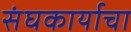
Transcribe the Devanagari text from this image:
संघकार्याचा